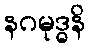
နဂမုဒ္ဓနိ